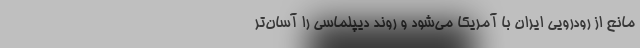
مانع از رودرویی ایران با آمریکا می‌شود و روند دیپلماسی را آسان‌تر